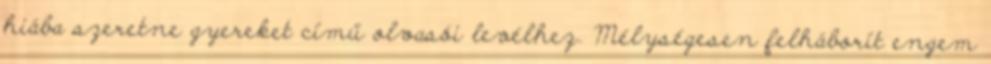
hiába szeretne gyereket című olvasói levélhez. Mélységesen felháborít engem